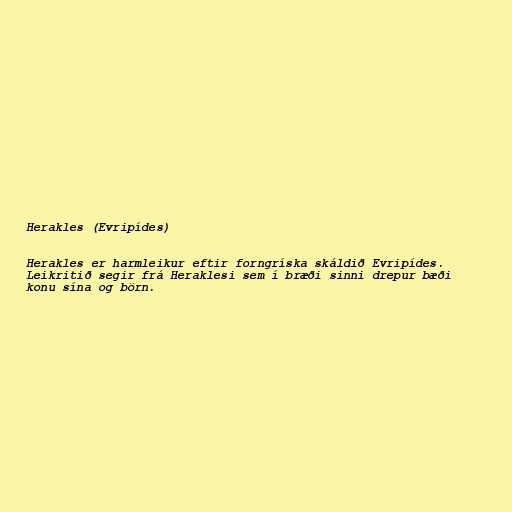
Herakles (Evripídes)

Herakles er harmleikur eftir forngríska skáldið Evripídes.
Leikritið segir frá Heraklesi sem í bræði sinni drepur bæði
konu sína og börn.